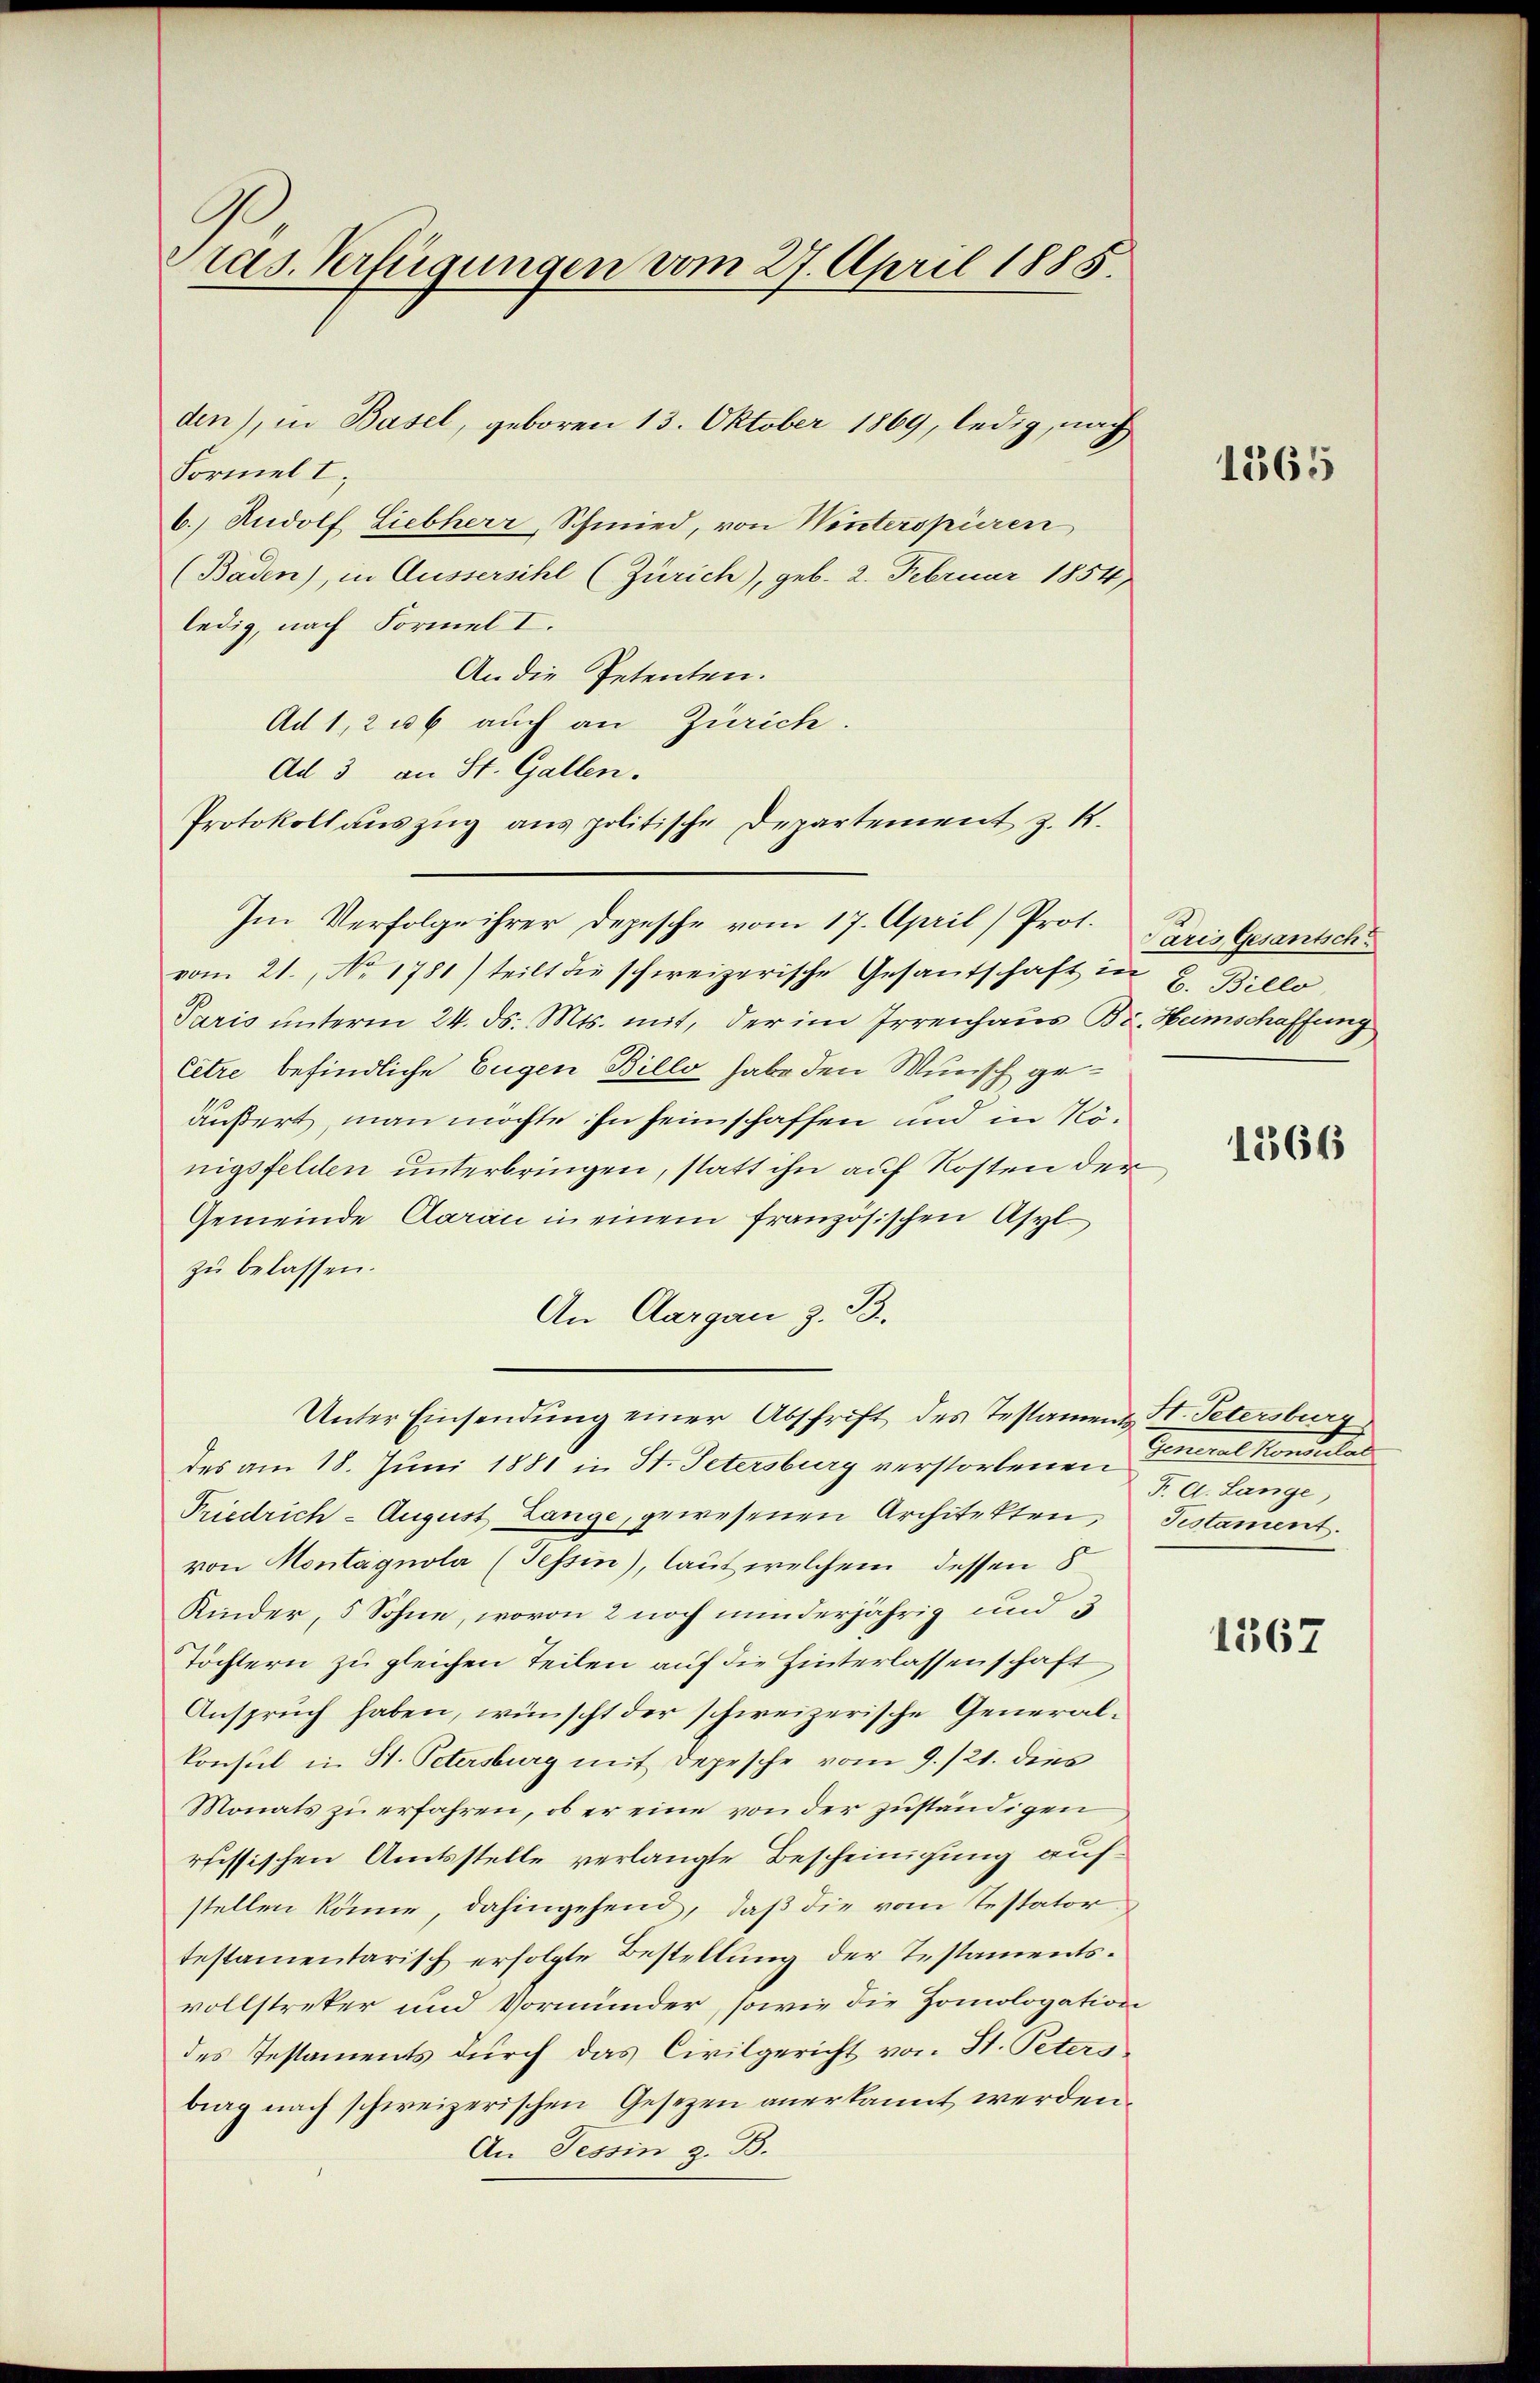
Präs. Verfügungen vom 27. April 1885.

Formel I.
6.) Rudolf Liebherr, Schmied, von Winterspüren
(Baden), in Aussersihl (Zürich), geb. 2. Februar 1854)
ledig, nach Formel I.
An die Petenten.
Ad 1, 2 u 6 auch an Zürich.
Ad 3 an St. Gallen.
Protokoll auszug aus politische Departement z. B.
Im Verfolge ihrer Depesche vom 17. April) Prof. Paris Gesantsch
vom 21. No 1781) teilt die schweizerische Gesantschaft in u. Billo
Paris unterm 24. ds. Mts. mit, der im Irrenhaus Br. Heimschaffung
Citre befindliche Eugen Billo habe den Wunsch geäußert, man möchte ihn heimschaffen und in Rönigsfelden unterbringen, statt ihn auf Kosten der
Gemeinde Aarau in einem französischen Asyl
zŭ belassen.
An Aargau z. B.
Unter Einsendung einer Abschrift des Testament St. Petersburg
des am 18. Juni 1881 in St. Petersburg verstorbenen
Priedrich - August Lange, gewesenen Architekten, Testament.
von Montagnola (Tessin), laut welchem dessen 8
Kinder, 5 Sohne, wovon 2 noch minderjährig und
Töchtern zu gleichen Teilen auf die Hinterlassenschaft
Anspruch haben, wünscht der schweizerische Generalkonsul in St. Petersburg mit Depesche vom 9./21. dies
Monats zu erfahren, ob er eine von der zuständigen
russischen Amtsstelle verlangte Bescheinigung auf
stellen könne, dahingehend, daß die vom Testator
testamentarisch erfolgte Bestellung der Testamentsvollstreker und Vormunder, sowie die Homologation
des Testaments durch das Civilgericht von St. Peters
brag nach schweizerischen Gesezen anerkannt werden.
An Tessin z. B.

den), in Basel, geboren 13. Oktober 1869, ledig, nach

1565

1266

Generalkommen
F. A. Lange,

1367